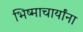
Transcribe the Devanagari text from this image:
भिष्माचार्यांना